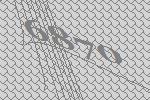
6870